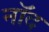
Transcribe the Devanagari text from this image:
नॉद